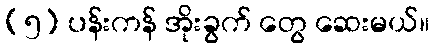
(၅) ပန်းကန် အိုးခွက် တွေ ဆေးမယ်။